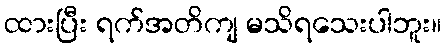
ထားပြီး ရက်အတိကျ မသိရသေးပါဘူး။